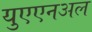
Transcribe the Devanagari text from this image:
युएएनअल